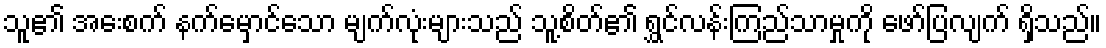
သူ၏ အေးစက် နက်မှောင်သော မျက်လုံးများသည် သူ့စိတ်၏ ရွှင်လန်းကြည်သာမှုကို ဖော်ပြလျက် ရှိသည်။